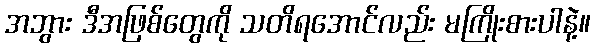
အဘွား ဒီအဖြစ်တွေကို သတိရအောင်လည်း မကြိုးစားပါနဲ့။